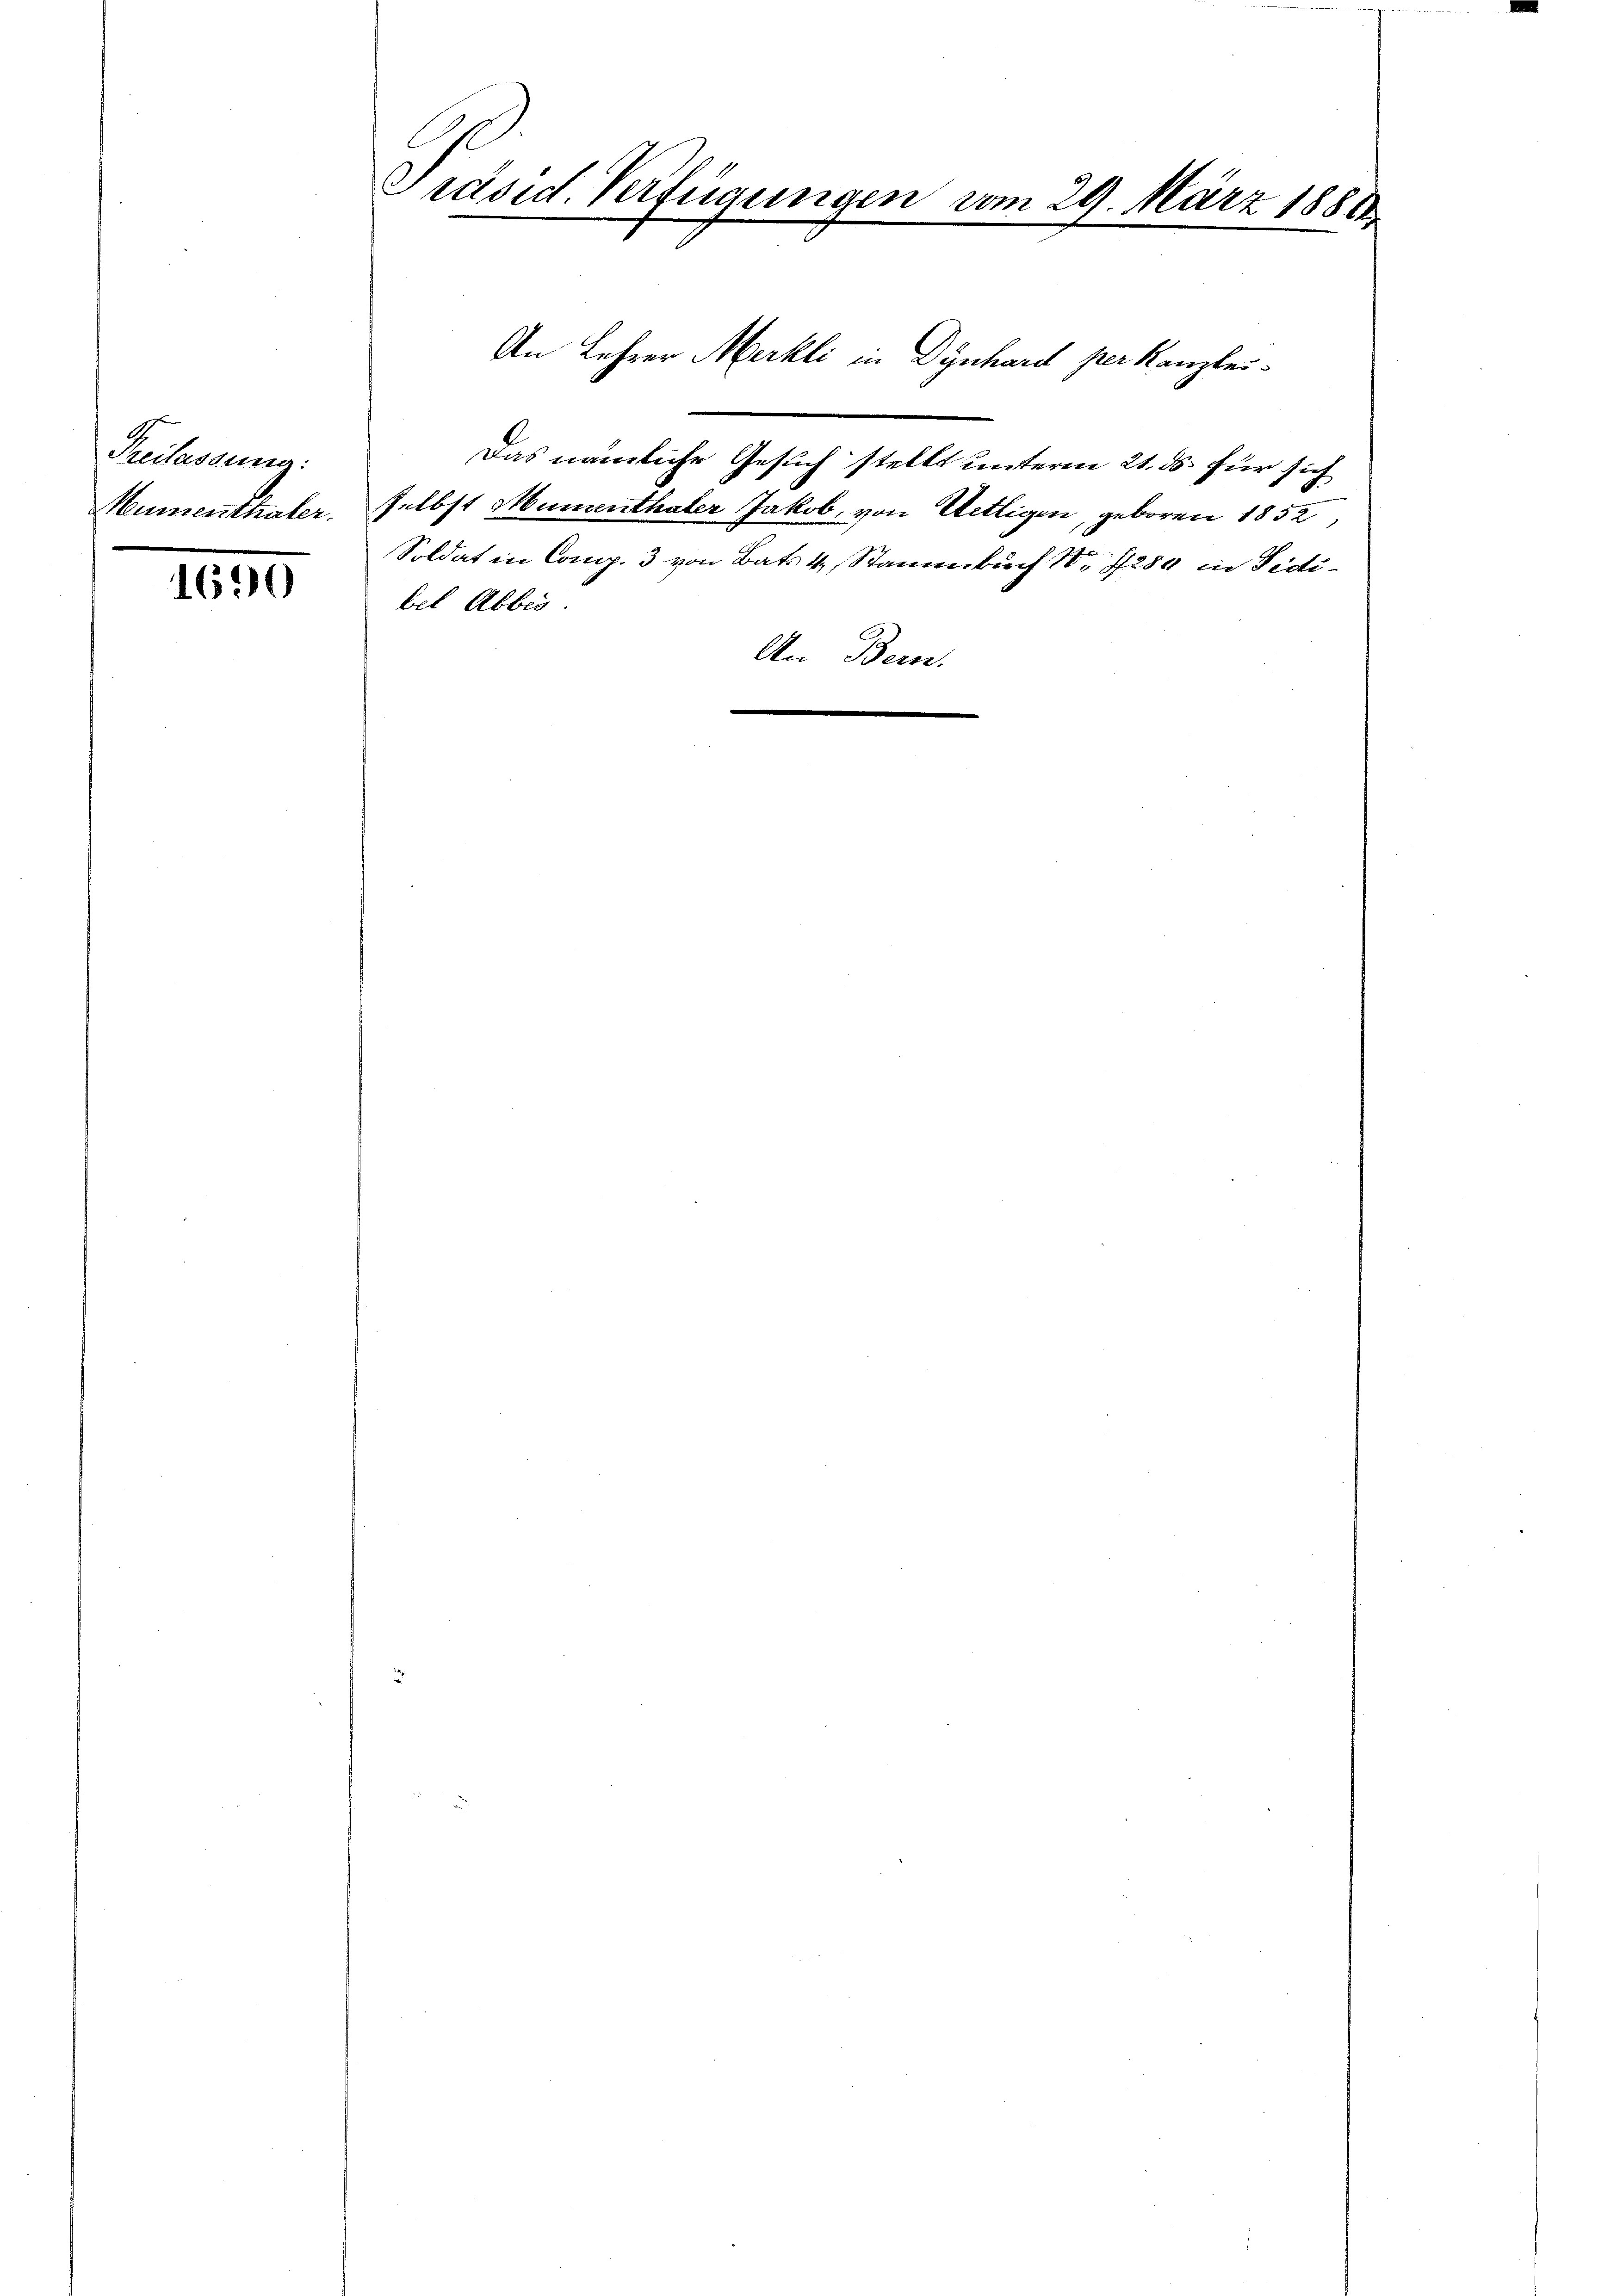
Freilassung:
Mumenthaler.

1690

Präsid. Verfügungen vom 29. März 1881.

An Lehrer Merkli in Dynhard verkanzlei-

bet Abbes.

Das nämliche Gesuch stellt unterm 21. ds. für sich

selbst Humenthaler Jakob, von Uetligen, geboren 1852,
Soldat in Comp. 3 von Bat. 4, Stammbuch S. 4289 in Fidi¬
An Bern.